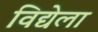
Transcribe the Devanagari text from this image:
विद्येला